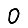
Digit: 0